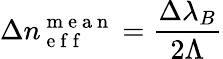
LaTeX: \Delta n_{\mathrm{~e~f~f~}}^{\mathrm{~m~e~a~n~}}=\frac{\Delta\lambda_{B}}{2\Lambda}